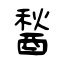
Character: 醔